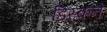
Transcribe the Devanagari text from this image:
डिस्कने